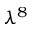
\lambda ^ { 8 }